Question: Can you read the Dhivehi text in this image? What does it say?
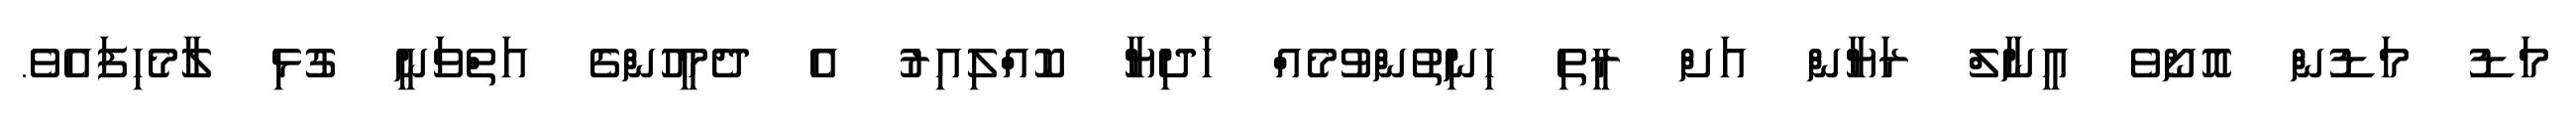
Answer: މަޑު މަޑުން އޮށޯވެ އީނާލް ރަޔާން އަށް ރީތި ހިނިތުންވުމެއް ހަދިޔާ ކޮއްލިއިރު އެ ދެމީހުންގެ އަތްވަނީ ގުޅި ލާމެހިފައެވެ.